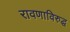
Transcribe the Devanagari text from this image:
रावणाविरुद्ध